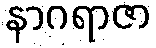
နာဂရာဇာ